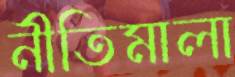
নীতিমালা